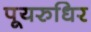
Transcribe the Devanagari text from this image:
पूयरुधिर